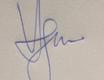
Signature authenticity: genuine